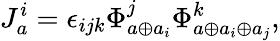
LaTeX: J_{a}^{i}=\epsilon_{ijk}\Phi_{a\oplus a_{i}}^{j}\Phi_{a\oplus a_{i}\oplus a_{j}}^{k},